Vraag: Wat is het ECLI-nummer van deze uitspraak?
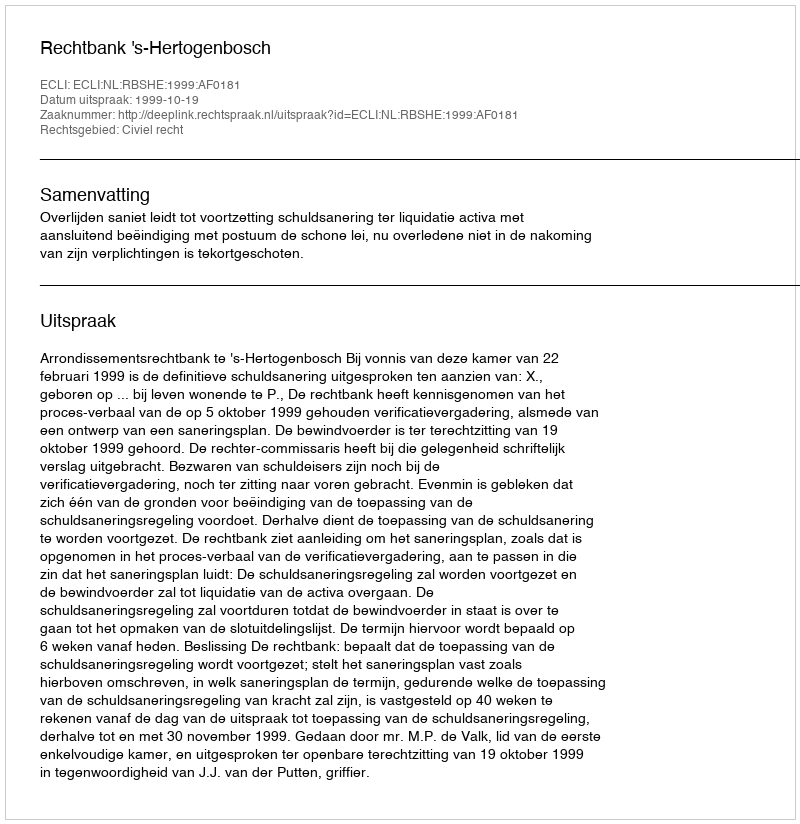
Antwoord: ECLI:NL:RBSHE:1999:AF0181